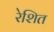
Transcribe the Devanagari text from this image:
रेशित